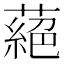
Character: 蕝